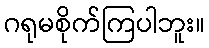
ဂရုမစိုက်ကြပါဘူး။